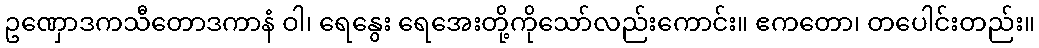
ဥဏှောဒကသီတောဒကာနံ ဝါ၊ ရေနွေး ရေအေးတို့ကိုသော်လည်းကောင်း။ ဧကတော၊ တပေါင်းတည်း။